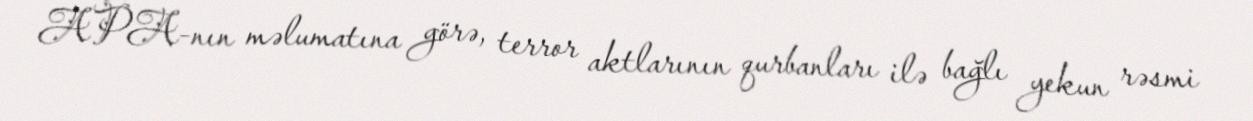
APA-nın məlumatına görə, terror aktlarının qurbanları ilə bağlı yekun rəsmi